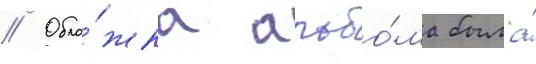
// Обло́жка альбо́ма была́